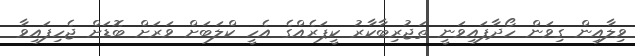
ވިލާއިން ގިވަން ހޯދާފައިވަނީ ތަޖުރިބާކާރު ކީޕަރެއްގެ އެހީ ކްލަބަށް ވަރަށް ބޮޑަށް ޖެހިފައިވާ